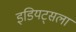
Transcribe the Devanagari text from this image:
इडियट्सला